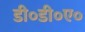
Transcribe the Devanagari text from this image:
डी०डी०ए०